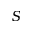
S